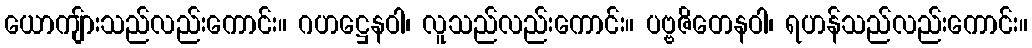
ယောကျ်ားသည်လည်းကောင်း။ ဂဟဋ္ဌေနဝါ၊ လူသည်လည်းကောင်း။ ပဗ္ဗဇိတေနဝါ၊ ရဟန်သည်လည်းကောင်း။